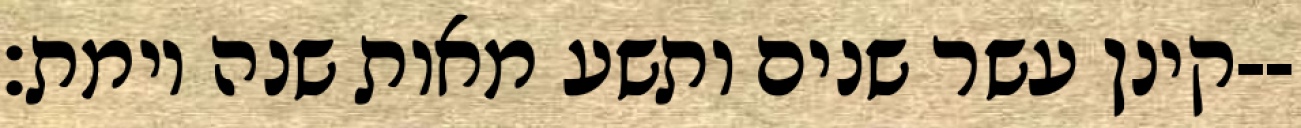
קינן עשר שנים ותשע מאות שנה וימת׃--